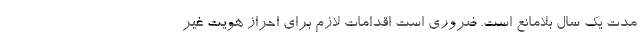
مدت یک سال بلامانع است. ضروری است اقدامات لازم برای احراز هویت غیر